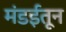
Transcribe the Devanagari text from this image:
मंडईतून